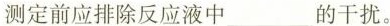
测定前应排除反应液中___的干扰。